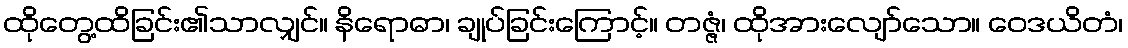
ထိုတွေ့ထိခြင်း၏သာလျှင်။ နိရောဓာ၊ ချုပ်ခြင်းကြောင့်။ တဇ္ဇံ၊ ထိုအားလျော်သော။ ဝေဒယိတံ၊